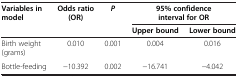
| <ROWSPAN=2> Variables in model | <ROWSPAN=2> Odds ratio (OR) | <ROWSPAN=2> P | <COLSPAN=2> 95% confidence interval for OR |
 | Upper bound | Lower bound |
 | --- | --- | --- | --- | --- |
 | Birth weight (grams) | 0.010 | 0.001 | 0.004 | 0.016 |
 | Bottle-feeding | -10.392 | 0.002 | -16.741 | -4.042 |